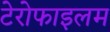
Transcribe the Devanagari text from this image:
टेरोफाइलम